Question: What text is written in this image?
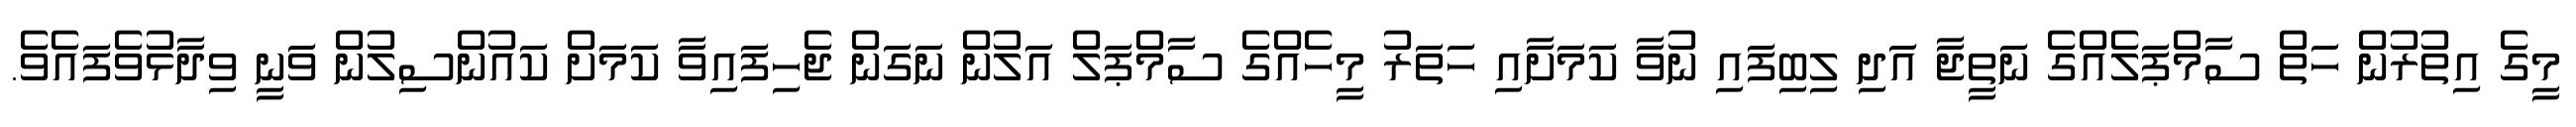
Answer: މީގެ އިތުރުން ހަތް ސާމްޕަލެއްގެ ނަތީޖާ އަދި ލިބިފައި ނުވާ ކަމަށާއި ހަތަރު މީހެއްގެ ސާމްޕަލް އަލުން ނަގަން ޖެހިފައިވާ ކަމަށް ކައުންސިލުން ވަނީ ވިދާޅުވެފައެވެ.